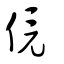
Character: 傹